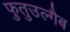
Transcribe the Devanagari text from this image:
फुतुउल्गैब